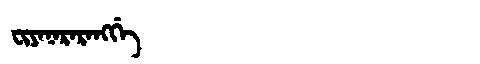
Manchu: ᠸᡳᠶᠠᠨᠠᡵᠠᡵᠠᠩᡤᡝ
Romanization: FIYANARARANGGE